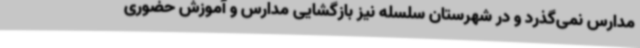
مدارس نمی‌گذرد و در شهرستان سلسله نیز بازگشایی مدارس و آموزش حضوری